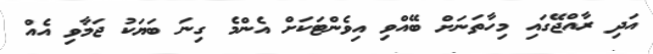
އަދި ރާއްޖޭގައި މިހާތަނަށް ބޭއްވި އިވެންޓަކަށް އެންމެ ގިނަ ބަޔަކު ޖަމާވި އެއް